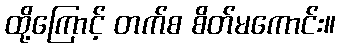
ထို့ကြောင့် တက်စ စိတ်မကောင်း။